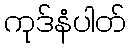
ကုဒ်နံပါတ်